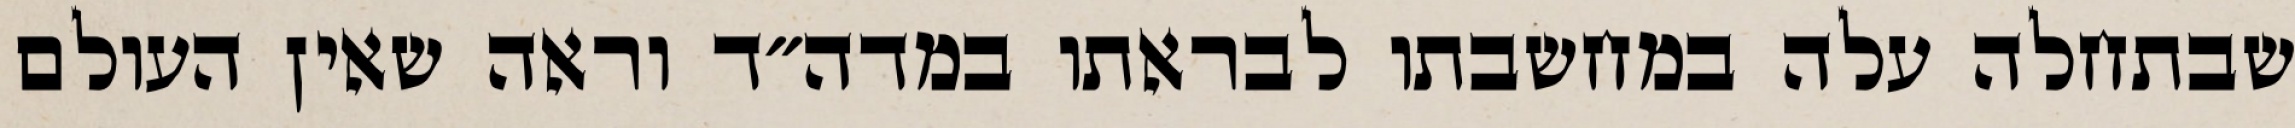
שבתחלה עלה במחשבתו לבראתו במדה״ד וראה שאין העולם